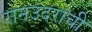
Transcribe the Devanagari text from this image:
रानउंदरांची